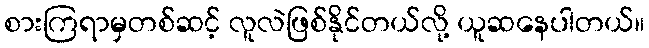
စားကြရာမှတစ်ဆင့် လူလဲဖြစ်နိုင်တယ်လို့ ယူဆနေပါတယ်။